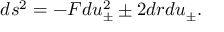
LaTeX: d s ^ { 2 } = - F d u _ { \pm } ^ { 2 } \pm 2 d r d u _ { \pm } .